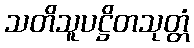
သတိသူပဋ္ဌိတသုတ္တံ